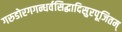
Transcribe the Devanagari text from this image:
गरुडोरगगन्धर्वसिद्धादिसुरपूजितम्